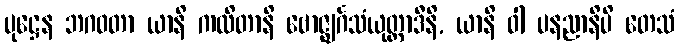
ပုဋ္ဌေန ဘဂဝတာ ယာနိ ကထိတာနိ ဗောဇ္ဈင်္ဂသံယုတ္တာဒီနိ, ယာနိ ဝါ ပနညာနိပိ တေသံ